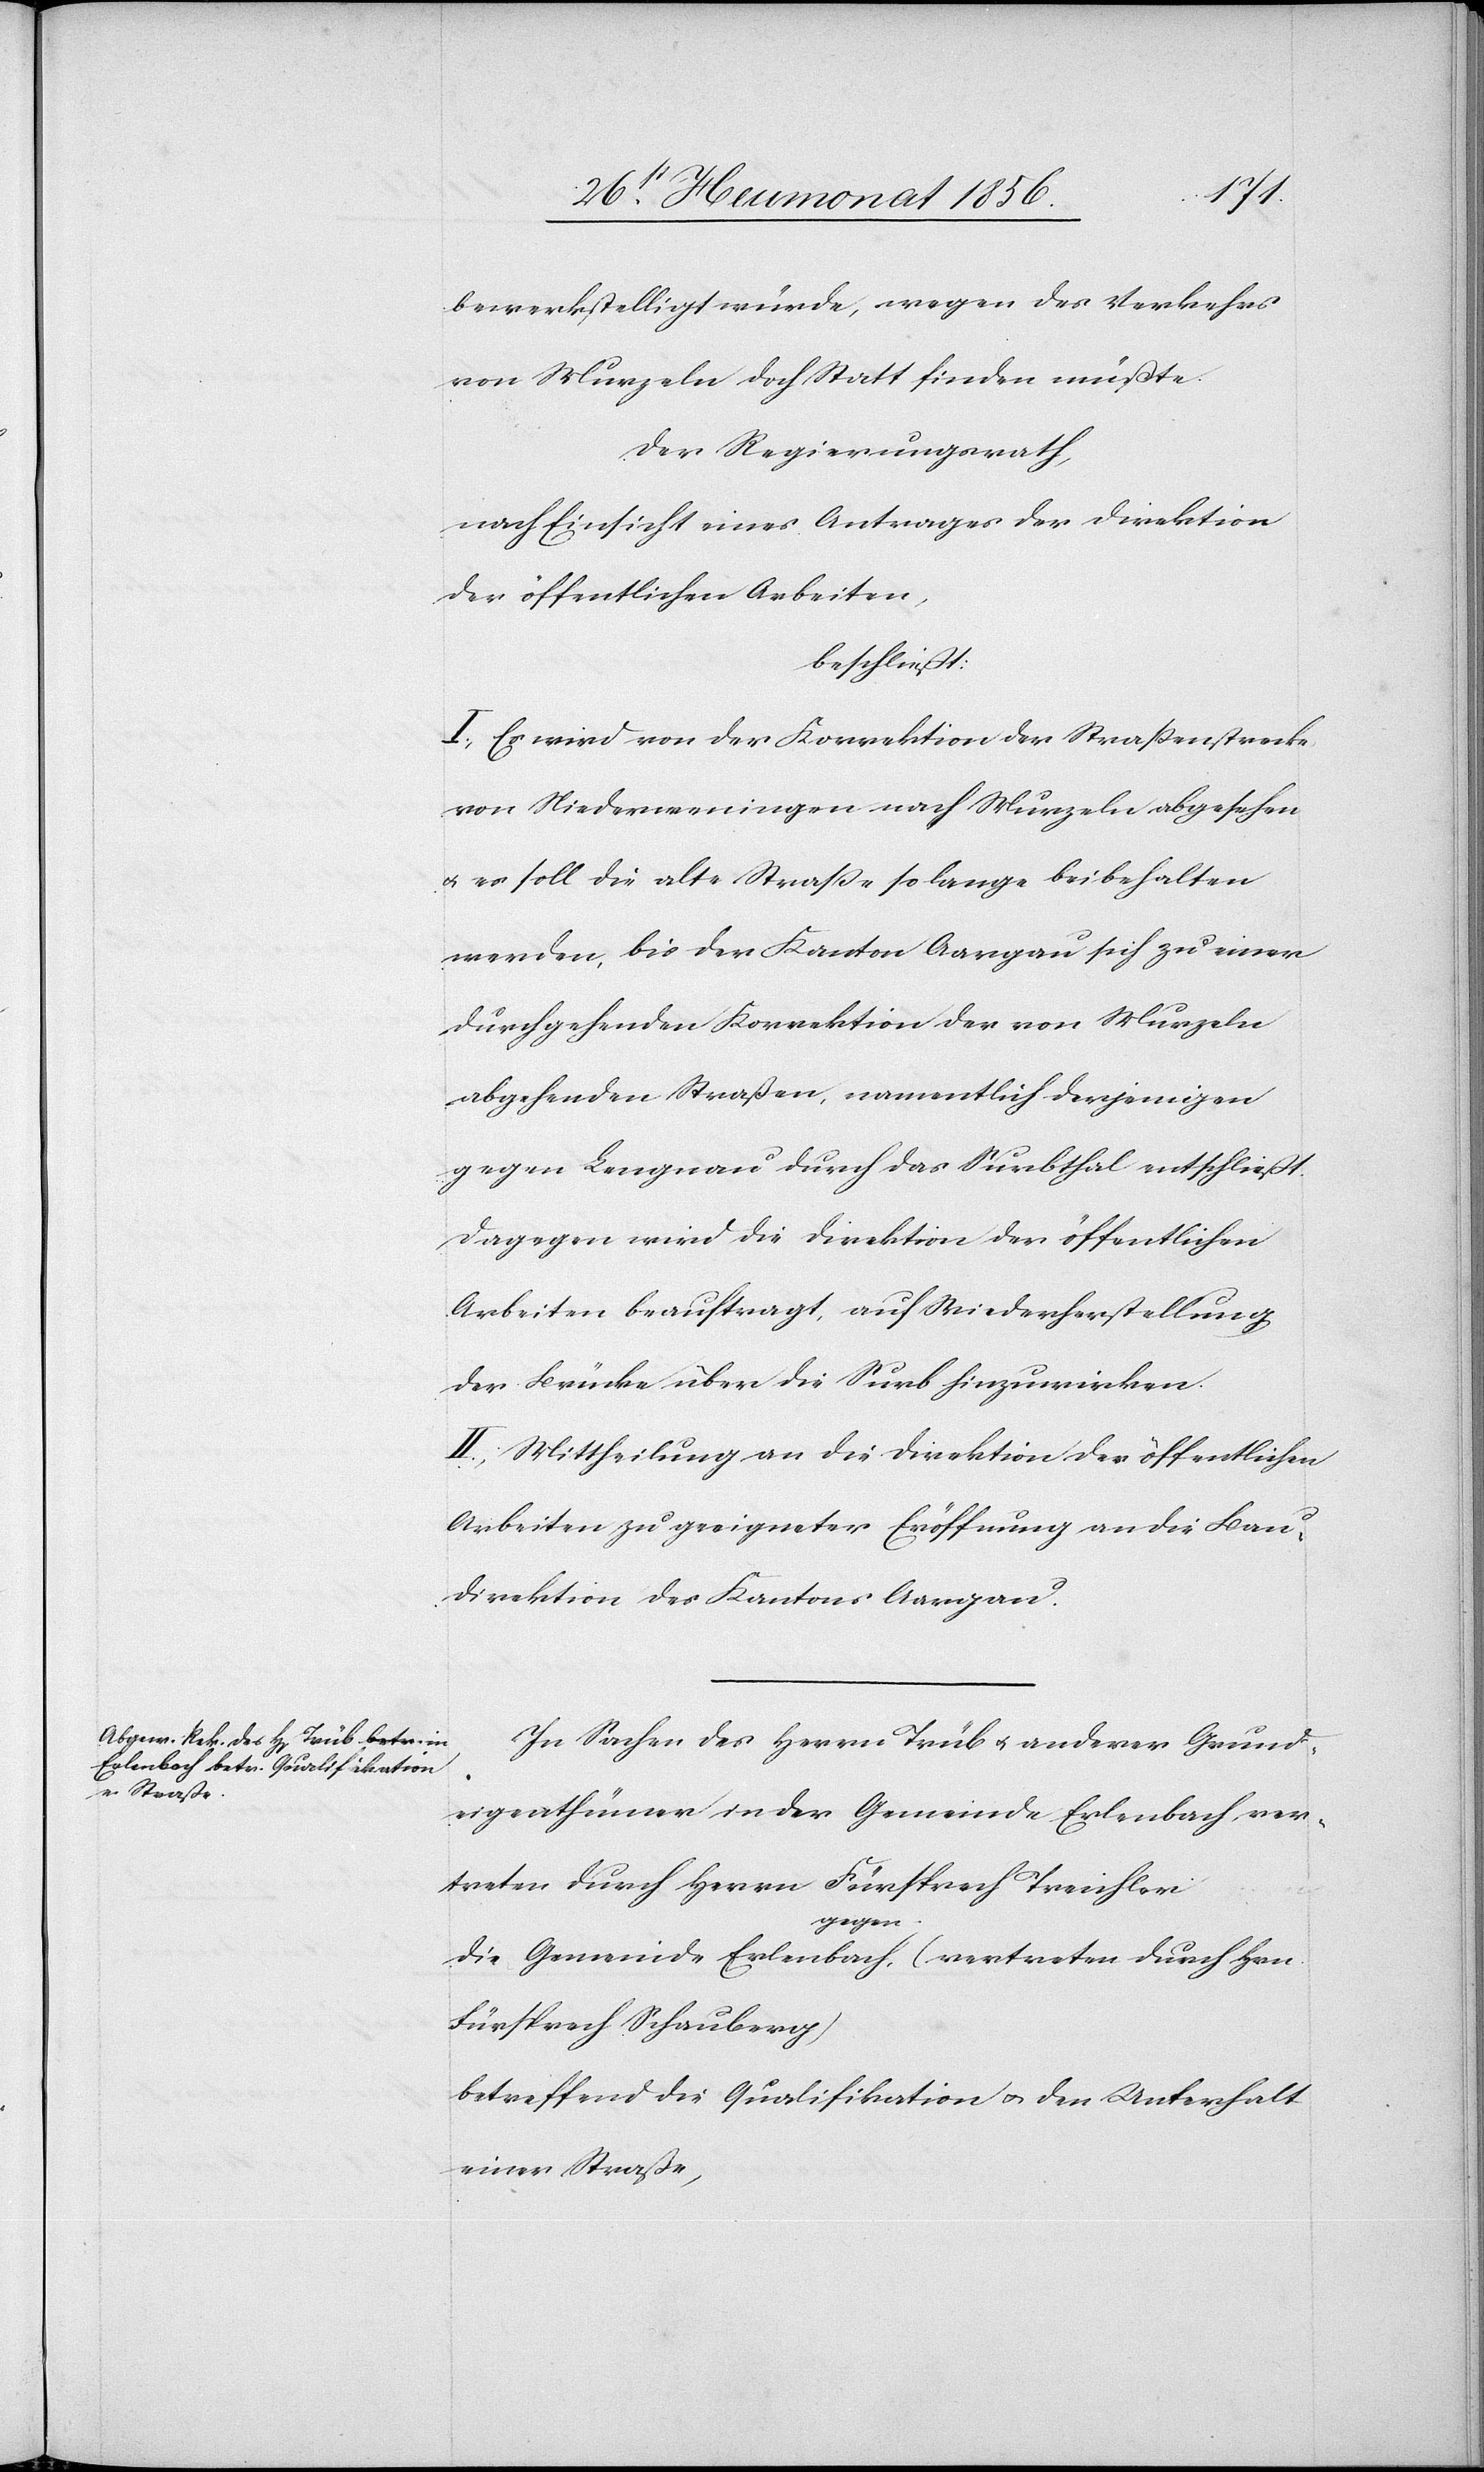
bewerkstelligt würde, wegen des Verkehrs
von Murzeln doch Statt finden müßte.
Der Regierungsrath,
nach Einsicht eines Antrages der Direktion
der öffentlichen Arbeiten,
beschließt:
I.) Es wird von der Korrektion der Strassenstrecke
von Niederweningen nach Murzeln abgesehen
u. es soll die alte Strasse so lange beibehalten
werden, bis der Kanton Aargau sich zu einer
durchgehenden Korrektion der von Murzeln
abgehenden Straßen, namentlich derjenigen
gegen Lengnau durch das Surbthal entschließt.
Dagegen wird die Direktion der öffentlichen
Arbeiten beauftragt, auf Wiederherstellung
der Brücke über die Surb hinzuwirken.
II.) Mittheilung an die Direktion der öffentlichen
Arbeiten zu geeigneter Eröffnung an die Bau¬
direktion des Kantons Aargau.
In Sachen des Herrn Trüb u. anderer Grund¬
eigenthümer in der Gemeinde Erlenbach ver¬
treten durch Herrn Fürsprech Treichler
die Gemeinde Erlenbach, (vertreten durch Hrn.
Fürsprech Schauberg)
betreffend die Qualifikation u. den Unterhalt
einer Straße,